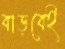
বাড়বেই